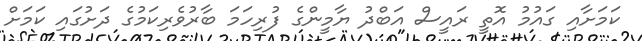
ކަމަށާއި ގައުމު އޮތީ ރައީސް އަބްދު ޔާމީންގެ ފުރިހަަމަ ބާރުވެރިކަމުގެ ދަށުގައި ކަމަށް